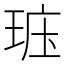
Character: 𤥦